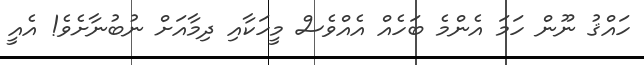
ހައްޤު ނޫން ހަމަ އެންމެ ބަހެއް އެއްވެސް މީހަކާއި ދިމާއަށް ނުބުނާށެވެ! އެއީ